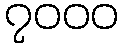
၇၀၀၀